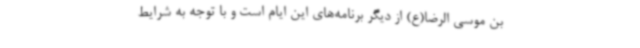
بن موسی الرضا(ع) از دیگر برنامه‌های این ایام است و با توجه به شرایط